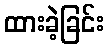
ထားခဲ့ခြင်း